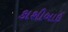
કાશીબાઈ